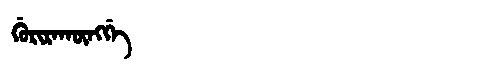
Manchu: ᡤᡠᡵᡳᡵᠠᡴᡡᠩᡤᡝ
Romanization: GURIRAKŪNGGE